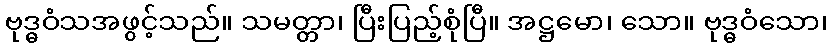
ဗုဒ္ဓဝံသအဖွင့်သည်။ သမတ္တာ၊ ပြီးပြည့်စုံပြီ။ အဋ္ဌမော၊ သော။ ဗုဒ္ဓဝံသော၊